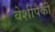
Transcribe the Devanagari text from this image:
वेशींपैकी